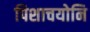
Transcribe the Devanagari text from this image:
पिशाचयोनि